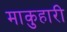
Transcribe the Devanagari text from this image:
माकुहारी